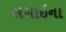
સગાઇના